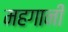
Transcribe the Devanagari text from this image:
महगानी